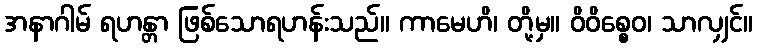
အနာဂါမ် ရဟန္တာ ဖြစ်သောရဟန်းသည်။ ကာမေဟိ၊ တို့မှ။ ဝိဝိစ္စေဝ၊ သာလျှင်။